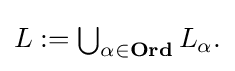
{\textstyle L:=\bigcup _{\alpha \in \mathbf {Ord} }L_{\alpha }.}